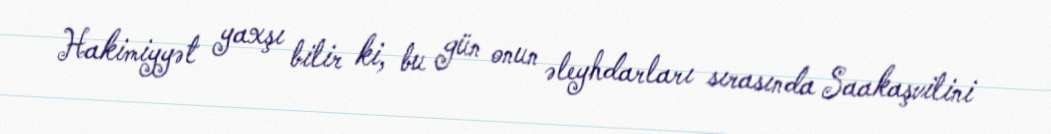
Hakimiyyət yaxşı bilir ki, bu gün onun əleyhdarları sırasında Saakaşvilini